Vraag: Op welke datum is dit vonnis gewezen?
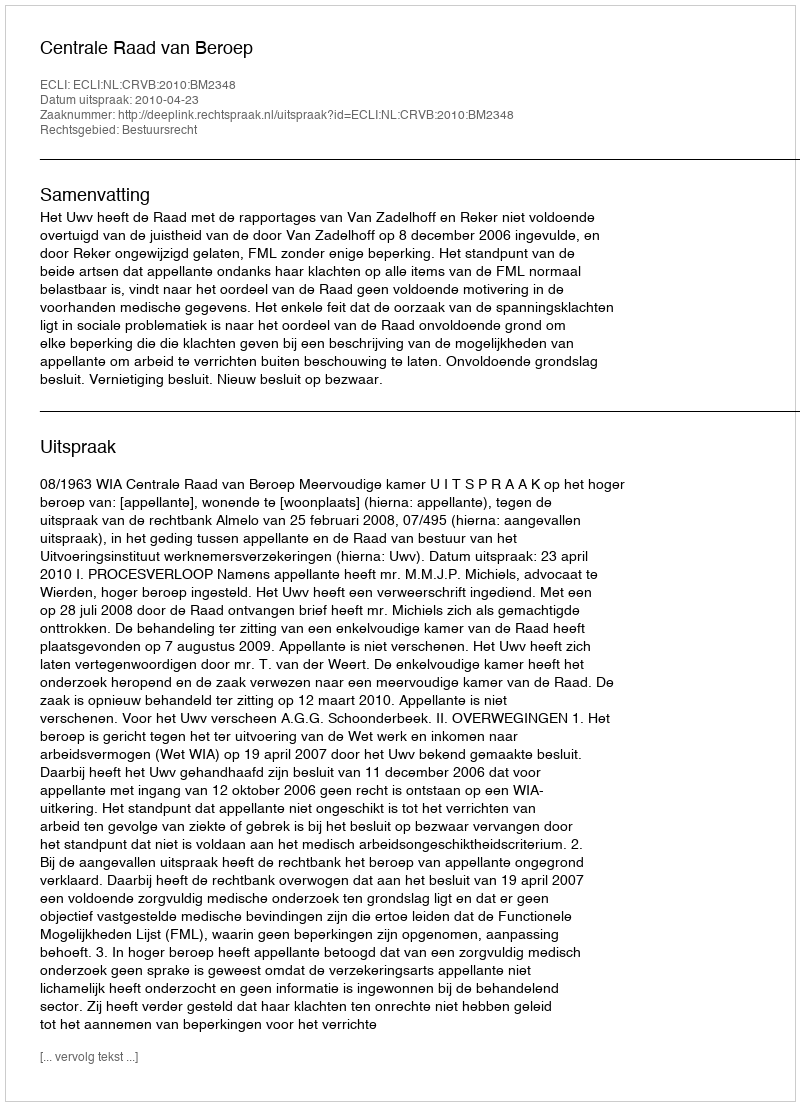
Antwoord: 2010-04-23